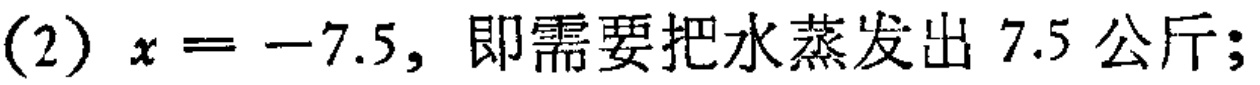
(2) \(x = -7.5\), 即需要把水蒸发出 7.5 公斤;